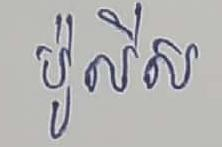
ប៉ូលីស